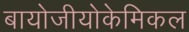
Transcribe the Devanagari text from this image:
बायोजीयोकेमिकल